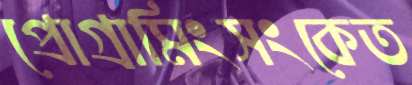
প্রোগ্রামিংসংকেত